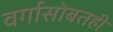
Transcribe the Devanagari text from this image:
वर्गासोबतही